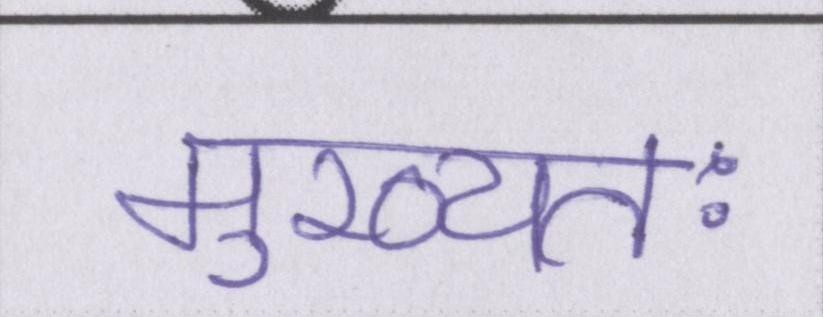
मुख्यतः